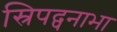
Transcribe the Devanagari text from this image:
स्रिपद्पनाभा